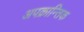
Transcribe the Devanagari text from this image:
अपक्रान्तिक